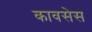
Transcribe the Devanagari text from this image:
कावसेस